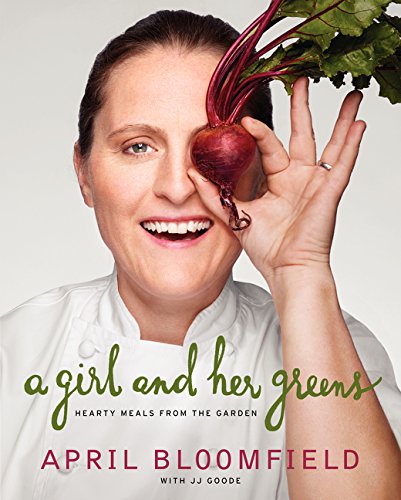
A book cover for A Girl and Her Greens: Hearty Meals from the Garden; April Bloomfield; Cookbooks, Food & Wine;